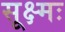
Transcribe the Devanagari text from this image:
सूक्ष्मः